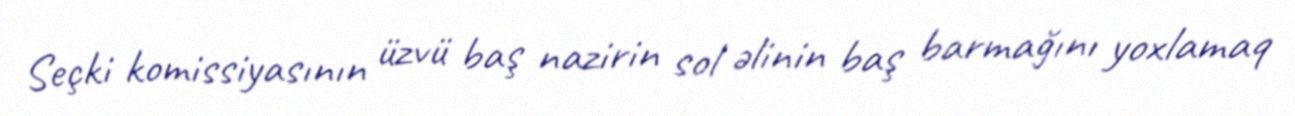
Seçki komissiyasının üzvü baş nazirin sol əlinin baş barmağını yoxlamaq